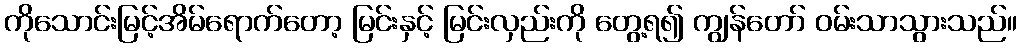
ကိုသောင်းမြင့်အိမ်ရောက်တော့ မြင်းနှင့် မြင်းလှည်းကို တွေ့ရ၍ ကျွန်တော် ဝမ်းသာသွားသည်။